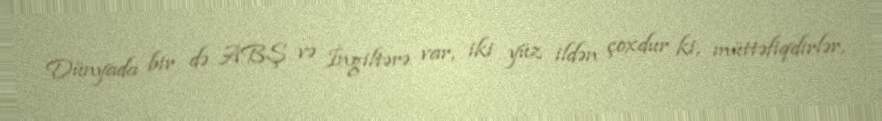
Dünyada bir də ABŞ və İngiltərə var, iki yüz ildən çoxdur ki, müttəfiqdirlər,